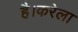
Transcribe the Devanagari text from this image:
है।करेला